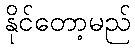
နိုင်တော့မည်